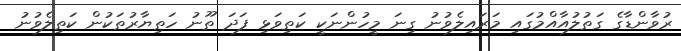
ރުވާންޑާގެ ގަތުލުއާއްމުގައި މަރައިލެވުނު ގިނަ މީހުންނަކީ ކަތިވަޅި ފަދަ ތޫނު ހަތިޔާރުތަކުން ކަތިލެވުނު